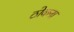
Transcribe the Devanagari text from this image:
ठोकना